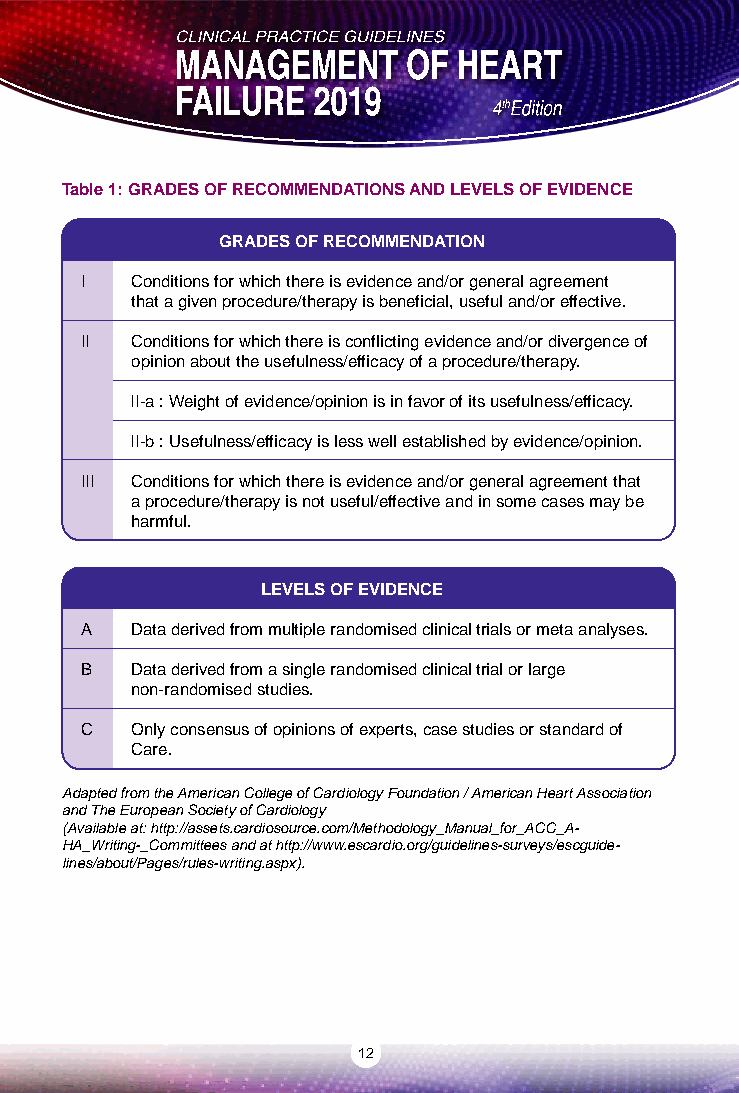
Table 1: GRADES OF RECOMMENDATIONS AND LEVELS OF EVIDENCE
 GRADES OF RECOMMENDATION
 I   Conditions for which there is evidence and/or general agreement
 that a given procedure/therapy is beneficial, useful and/or effective.
 II  Conditions for which there is conflicting evidence and/or divergence of
 opinion about the usefulness/efficacy of a procedure/therapy.
 II-a : Weight of evidence/opinion is in favor of its usefulness/efficacy.
 II-b : Usefulness/efficacy is less well established by evidence/opinion.
 III Conditions for which there is evidence and/or general agreement that
 a procedure/therapy is not useful/effective and in some cases may be
 harmful.
 LEVELS OF EVIDENCE
 A   Data derived from multiple randomised clinical trials or meta analyses.
 B   Data derived from a single randomised clinical trial or large
 non-randomised studies.
 C   Only consensus of opinions of experts, case studies or standard of
 Care.
 Adapted from the American College of Cardiology Foundation / American Heart Association
 and The European Society of Cardiology
 (Available at: http://assets.cardiosource.com/Methodology_Manual_for_ACC_A-
 HA_Writing-_Committees and at http://www.escardio.org/guidelines-surveys/escguide-
 lines/about/Pages/rules-writing.aspx).
 12